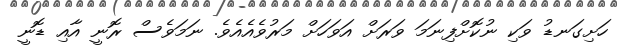
ހަށިގަނޑު ވަކި ނުކޮށްފިނަމަ ވަރަށް އަވަހަށް މަރުވެއެއެވެ. ނަމަވެސް ރޮނީ އާއި ޑޮނީ